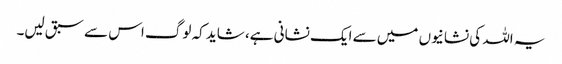
یہ اللہ کی نشانیوں میں سے ایک نشانی ہے، شاید کہ لوگ اس سے سبق لیں۔